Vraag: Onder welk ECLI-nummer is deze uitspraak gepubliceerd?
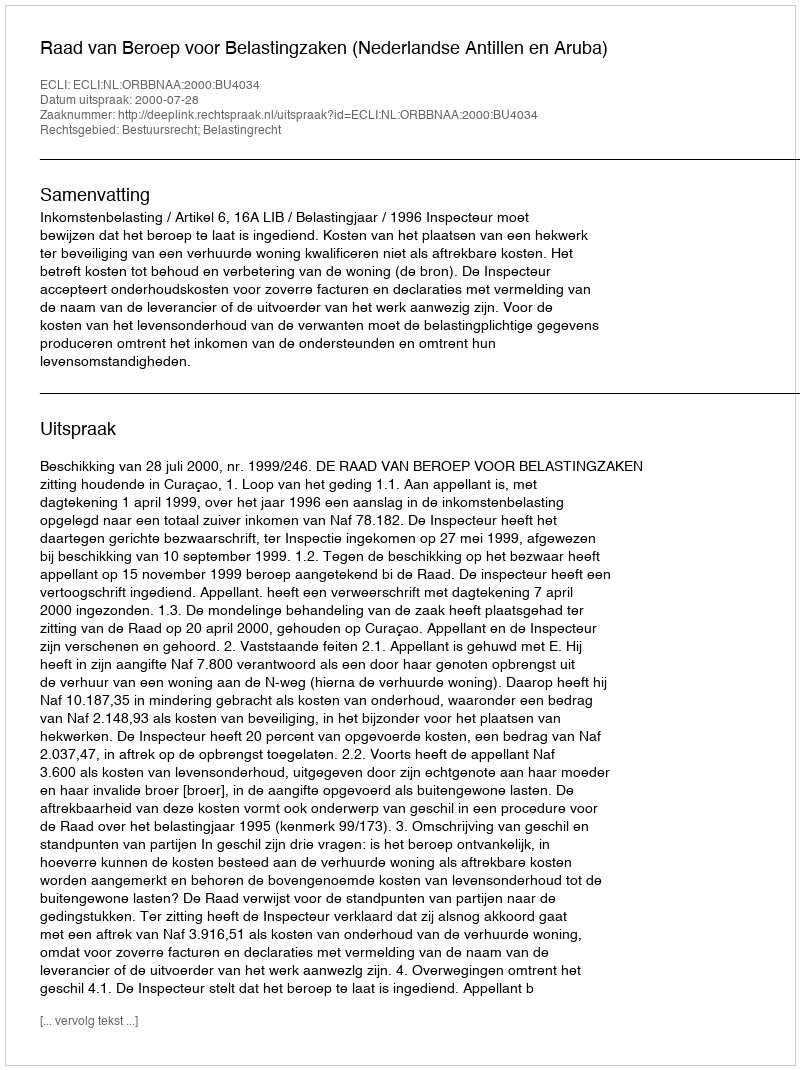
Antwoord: ECLI:NL:ORBBNAA:2000:BU4034